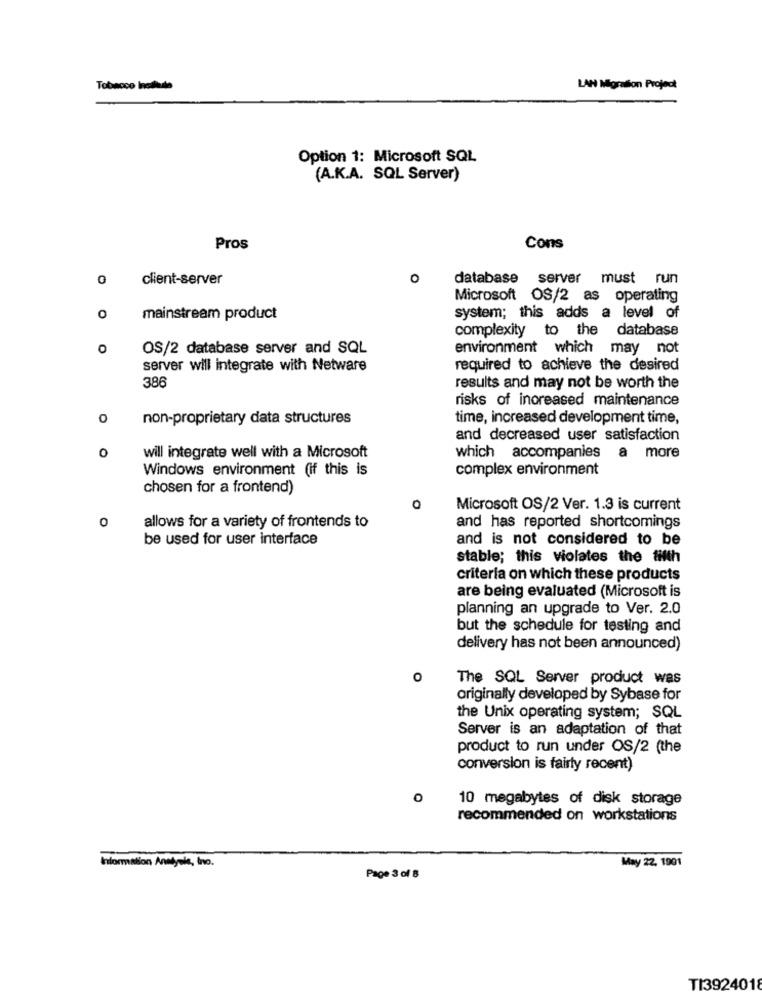
Tobacco Include
LAN Migration Project
Option 1: Microsoft SQL
(A.K.A. SQL Server)
Pros
Cons
0
client-server
0
database server must run
Microsoft OS/2 as operating
O
mainstream product
system; this adds a level of
complexity to the database
OS/2 database server and SQL
environment which may not
server will integrate with Netware
required to achieve the desired
386
results and may not be worth the
risks of increased maintenance
0
non-proprietary data structures
time, increased development time,
and decreased user satisfaction
0
will integrate well with a Microsoft
which accompanies a more
Windows environment (if this is
complex environment
chosen for a frontend)
0
Microsoft OS/2 Ver. 1.3 is current
0
allows for a variety of frontends to
and has reported shortcomings
be used for user interface
and is not considered to be
stable; this violates the fifth
criteria on which these products
are being evaluated (Microsoft is
planning an upgrade to Ver. 2.0
but the schedule for testing and
delivery has not been announced)
0
The SQL Server product was
originally developed by Sybase for
the Unix operating system; SQL
Server is an adaptation of that
product to run under OS/2 (the
conversion is fairly recent)
o
10 megabytes of disk storage
recommended on workstations
Information Annyele, ino.
May 22, 1901
Page 3 of 8
TI3924018